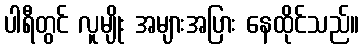
ပါရီတွင် လူမျိုး အများအပြား နေထိုင်သည်။